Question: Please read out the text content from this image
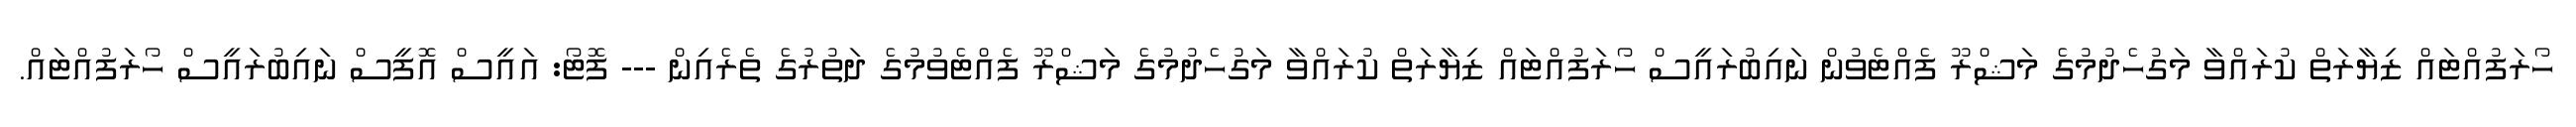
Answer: ހޯރަފުއްޓައް ޒިޔާރަތް ކުރައްވާ މަގުހެދުމުގެ މަޝްރޫ ފެއްޓެވުން ނައިބުރައީސް ހޯރަފުއްޓައް ޒިޔާރަތް ކުރައްވާ މަގުހެދުމުގެ މަޝްރޫ ފެއްޓެވުމުގެ ދަތުރުގެ ތެރެއިން --- ފޮޓޯ: އައީސް އޮފީސް ނައިބުރައީސް ހޯރަފުއްޓައް.